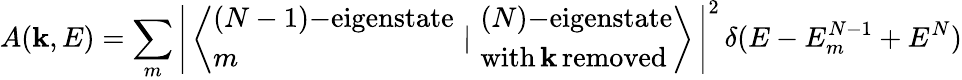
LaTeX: A(\mathbf{k},E)=\sum_{m}\left|\, \left\langle{\begin{array}{l}{(N-1)\mathrm{{\mathrm{-}}eigenstate}}\\ {m}\end{array}}\, \, |\, \, {\begin{array}{l}{(N)\mathrm{{\mathrm{-}}eigenstate}}\\ {\mathrm{with\, }\mathbf{k}\mathrm{\, removed}}\end{array}}\right\rangle\, \right|^{2}\, \delta(E-E_{m}^{N-1}+E^{N})